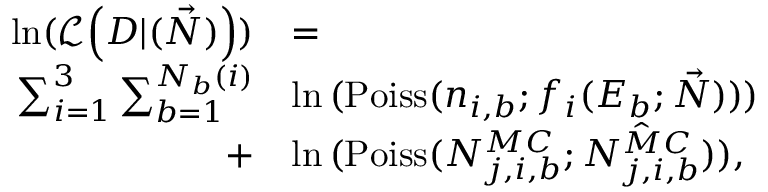
\begin{array} { r l } { \mathrm { l n } ( \mathcal { L } \Big ( D | ( \vec { N } ) \Big ) ) } & { = } \\ { \sum _ { i = 1 } ^ { 3 } \sum _ { b = 1 } ^ { N _ { b } ( i ) } } & { \ln { ( \mathrm { P o i s s } ( n _ { i , b } ; f _ { i } ( E _ { b } ; \vec { N } ) ) ) } } \\ { + } & { \ln { ( \mathrm { P o i s s } ( N _ { j , i , b } ^ { M C } ; \hat { N _ { j , i , b } ^ { M C } } ) ) } , } \end{array}